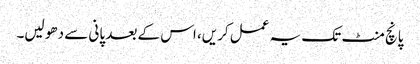
پانچ منٹ تک یہ عمل کریں، اس کے بعد پانی سے دھو لیں۔